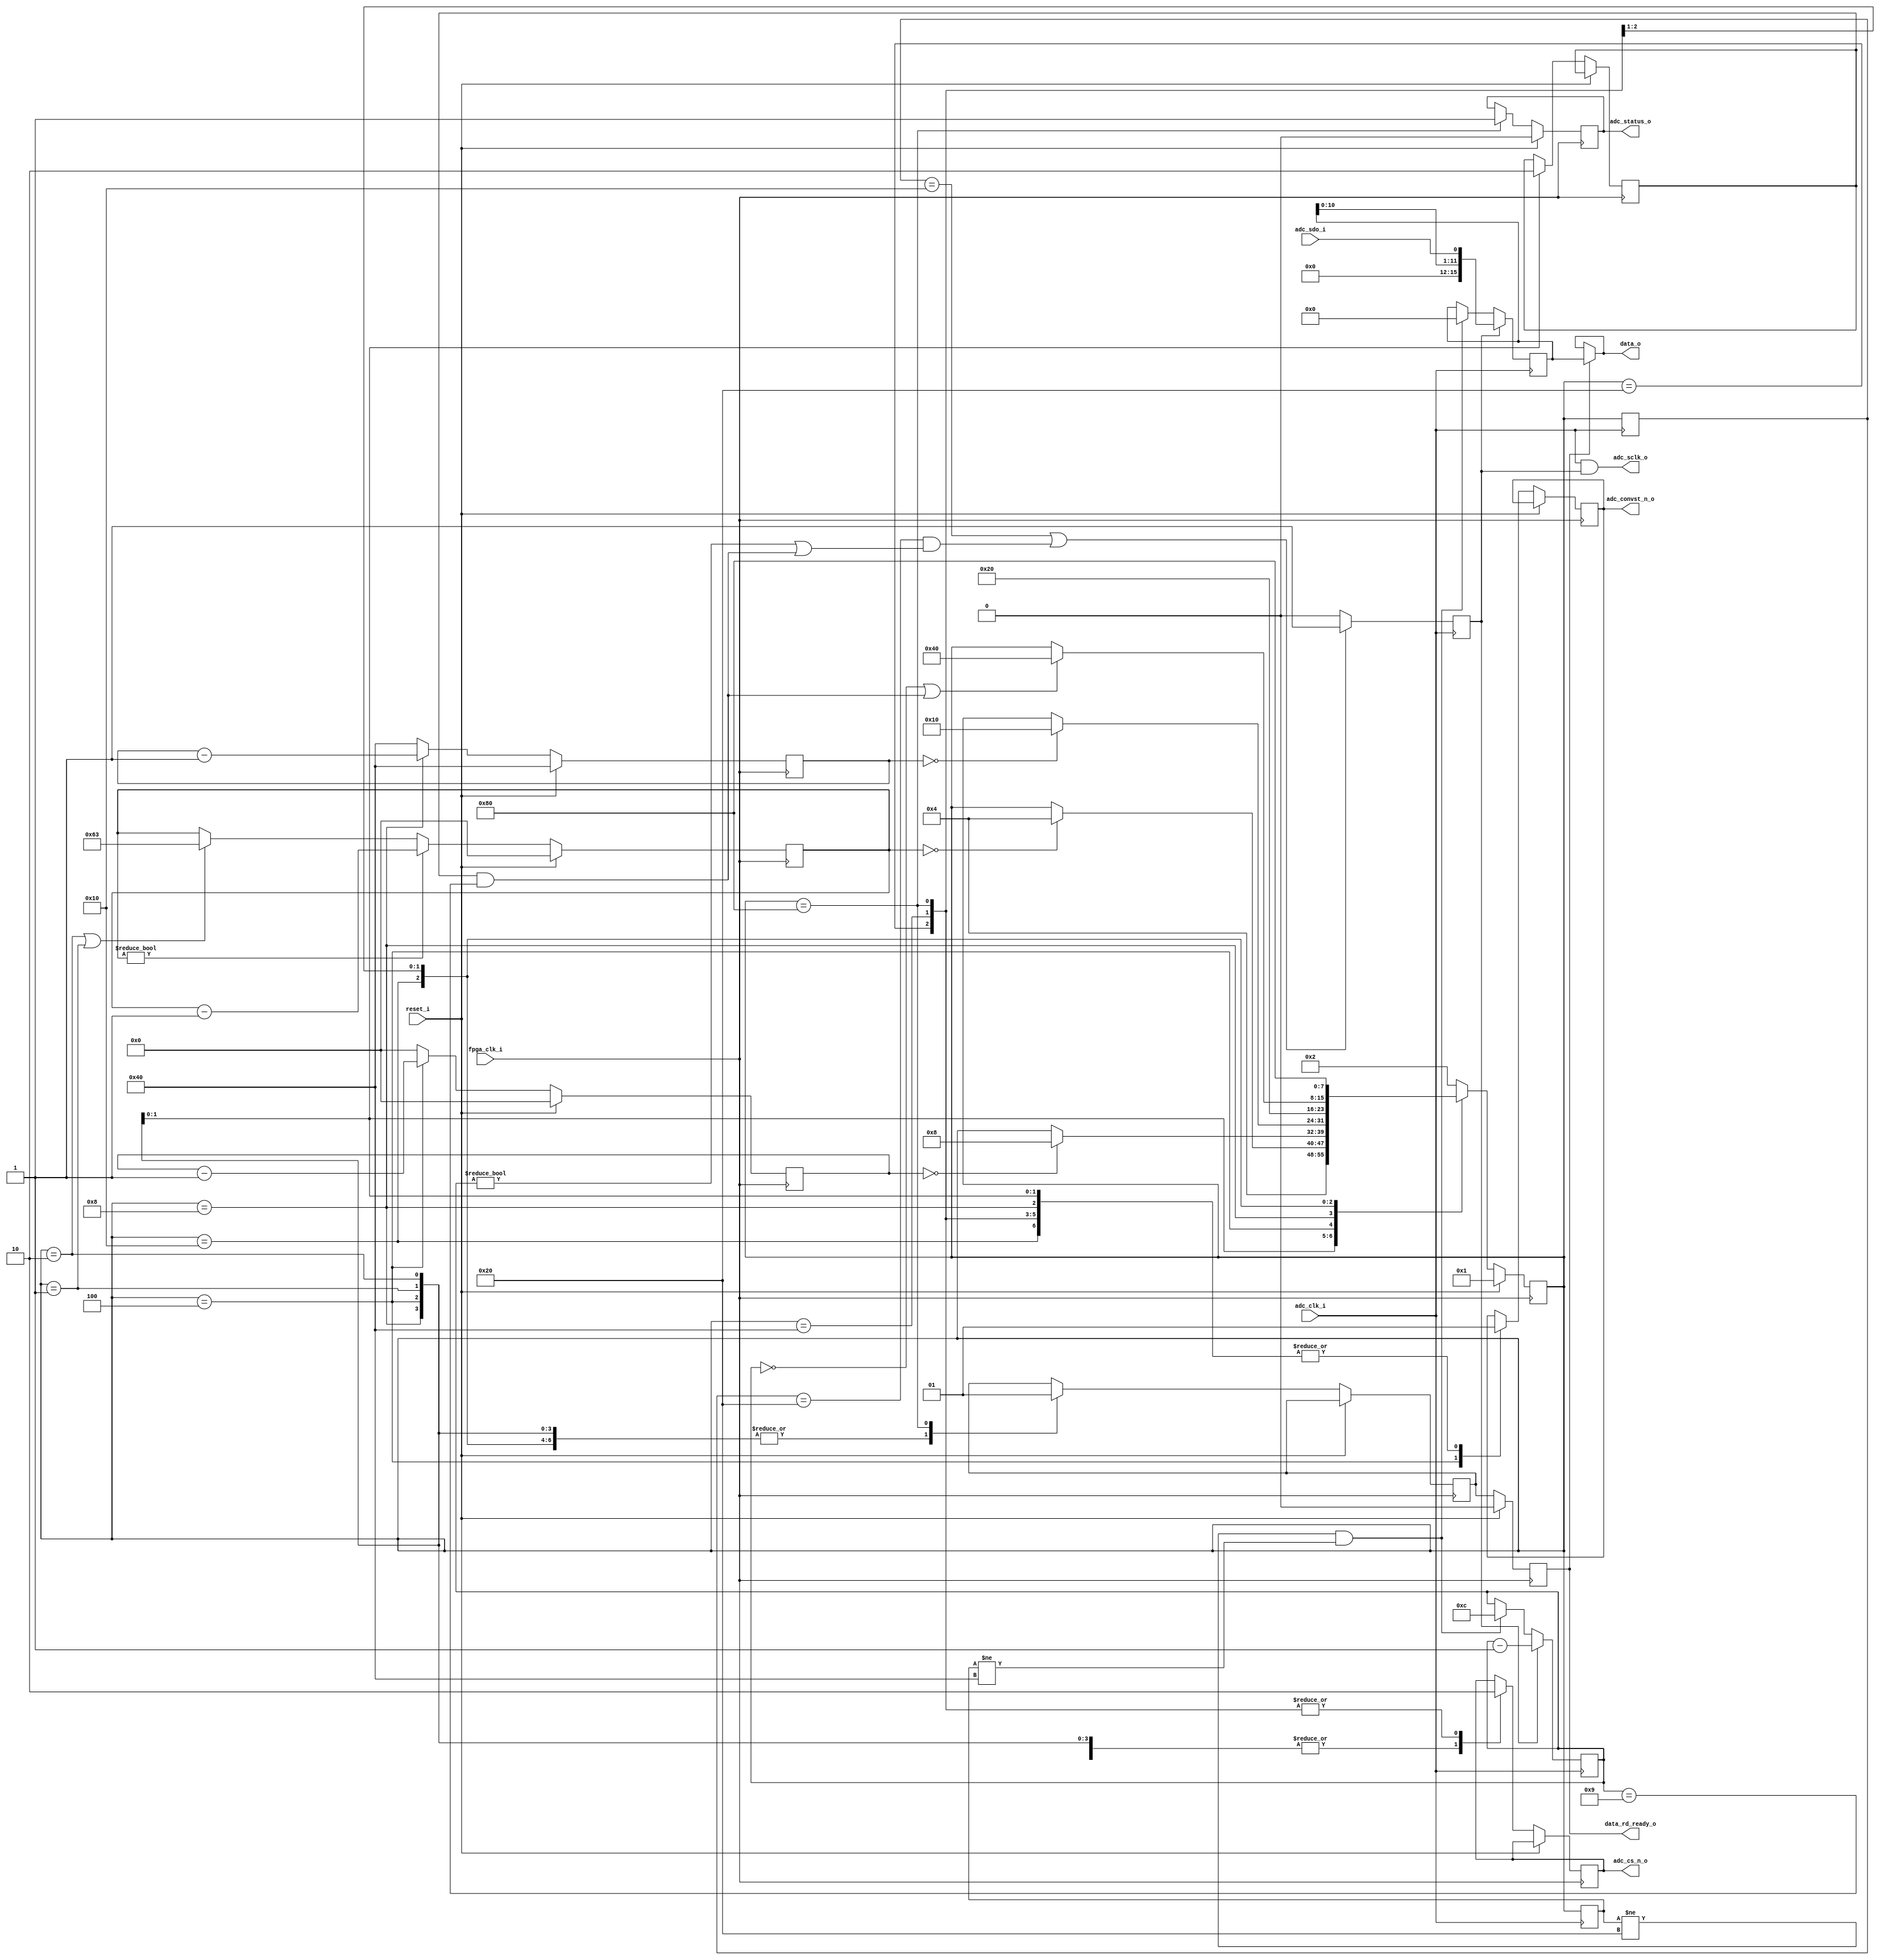
// -----------------------------------------------------------------------------
//
// Copyright 2011(c) Analog Devices, Inc.
//
// All rights reserved.
//
// Redistribution and use in source and binary forms, with or without modification,
// are permitted provided that the following conditions are met:
//  - Redistributions of source code must retain the above copyright
//    notice, this list of conditions and the following disclaimer.
//  - Redistributions in binary form must reproduce the above copyright
//    notice, this list of conditions and the following disclaimer in
//    the documentation and/or other materials provided with the
//    distribution.
//  - Neither the name of Analog Devices, Inc. nor the names of its
//    contributors may be used to endorse or promote products derived
//    from this software without specific prior written permission.
//  - The use of this software may or may not infringe the patent rights
//    of one or more patent holders.  This license does not release you
//    from the requirement that you obtain separate licenses from these
//    patent holders to use this software.
//  - Use of the software either in source or binary form, must be run
//    on or directly connected to an Analog Devices Inc. component.
//
// THIS SOFTWARE IS PROVIDED BY ANALOG DEVICES "AS IS" AND ANY EXPRESS OR IMPLIED
// WARRANTIES, INCLUDING, BUT NOT LIMITED TO, NON-INFRINGEMENT, MERCHANTABILITY
// AND FITNESS FOR A PARTICULAR PURPOSE ARE DISCLAIMED.
// IN NO EVENT SHALL ANALOG DEVICES BE LIABLE FOR ANY DIRECT, INDIRECT, INCIDENTAL,
// SPECIAL, EXEMPLARY, OR CONSEQUENTIAL DAMAGES (INCLUDING, BUT NOT LIMITED TO,
// INTELLECTUAL PROPERTY RIGHTS, PROCUREMENT OF SUBSTITUTE GOODS OR SERVICES;
// LOSS OF USE, DATA, OR PROFITS; OR BUSINESS INTERRUPTION) HOWEVER CAUSED AND
// ON ANY THEORY OF LIABILITY, WHETHER IN CONTRACT, STRICT LIABILITY, OR TORT
// (INCLUDING NEGLIGENCE OR OTHERWISE) ARISING IN ANY WAY OUT OF THE USE OF THIS
// SOFTWARE, EVEN IF ADVISED OF THE POSSIBILITY OF SUCH DAMAGE.
//
// -----------------------------------------------------------------------------
// MODULE NAME : AD7091R
// AUTHORS EMAIL : istvan.csomortani@analog.com
// -----------------------------------------------------------------------------
// KEYWORDS : AD7091R
// -----------------------------------------------------------------------------
// PURPOSE : Driver for the AD7091R  12-Bit, 1 MSPS Ultralow Power ADC in MSOP
// and 10 Lead LFCSP
// -----------------------------------------------------------------------------
// REUSE ISSUES
// Reset Strategy      : Active low reset signal
// Clock Domains       : 2 clocks - the system clock that drives the internal logic
//                     : and a clock for ADC conversions
// Critical Timing     : N/A
// Test Features       : N/A
// Asynchronous I/F    : N/A
// Instantiations      : N/A
// Synthesizable (y/n) : Y
// Target Device       : AD7091R
// Other               : The driver is intended to be used for AD7091R ADCs configured
//                     : WITHOUT BUSY INDICATOR
// -----------------------------------------------------------------------------
// -----------------------------------------------------------------------------

`timescale 1ns/1ns //Use a timescale that is best for simulation.

//------------------------------------------------------------------------------
//----------- Module Declaration -----------------------------------------------
//------------------------------------------------------------------------------

module axi_ad7091_dev_if

//----------- Ports Declarations -----------------------------------------------
(
    //clock and reset signals
    fpga_clk_i,      //system clock
    adc_clk_i,       //clock to be applied to ADC to read the conversions results
    reset_i,       //active low reset signal

    //IP control and data interface
    data_o,          //data read from the ADC
    data_rd_ready_o, //when set to high the data read from the ADC is available on the data_o bus
    adc_status_o,   // signals that the first data acquisition has been performed

    //AD7938 control and data interface
    adc_sdo_i,
    adc_sclk_o,
    adc_cs_n_o,
    adc_convst_n_o
);

input               fpga_clk_i;      //system clock
input               adc_clk_i;       //clock to be applied to ADC to read the conversions results
input               reset_i;         //active low reset signal

//IP control and data interface
output     [15:0]   data_o;  //data read from the ADC
output  reg         data_rd_ready_o = 1'b0; //when set to high the data read from the ADC is available on the data_o bus
output  reg         adc_status_o = 1'b0;   // signals that the first data acquisition has been performed

//AD7938 control and data interface
input               adc_sdo_i;
output              adc_sclk_o;
output              adc_cs_n_o;
output              adc_convst_n_o;

//------------------------------------------------------------------------------
//----------- Registers Declarations -------------------------------------------
//------------------------------------------------------------------------------
reg [ 7:0]  adc_state;          //current state for the ADC control state machine
reg [ 7:0]  adc_next_state;     //next state for the ADC control state machine
reg [ 7:0]  adc_state_nc_m1;    //current state for the ADC state machine in the ADC clock domain sampled on the falling edge
reg [ 7:0]  adc_state_pc_m1;    //current state for the ADC state machine in the ADC clock domain sampled on the rising edge

reg [ 6:0]  adc_tcycle_cnt    = 7'b0;
reg [ 6:0]  adc_tconvst_cnt   = 7'b0;
reg [ 6:0]  adc_tconvert_cnt  = 7'b0;
reg [ 4:0]  sclk_clk_cnt      = 5'b0;
reg [ 4:0]  adc_dataready_cnt = 5'b0;

reg         adc_cnv_s       =  1'b0;
reg         adc_clk_en      =  1'b0;
reg         adc_cs_n_s      =  1'b0;
reg [15:0]  adc_data_s      = 12'b0;
reg         adc_sw_reset    =  1'b0;
reg         data_rd_ready_s =  1'b0;

//------------------------------------------------------------------------------
//----------- Local Parameters -------------------------------------------------
//------------------------------------------------------------------------------
//ADC states
parameter ADC_SW_RESET_STATE        = 8'b00000001;
parameter ADC_IDLE_STATE            = 8'b00000010;
parameter ADC_START_CNV_STATE       = 8'b00000100;
parameter ADC_WAIT_CNV_DONE_STATE   = 8'b00001000;
parameter ADC_WAIT_DATA_VALID_STATE = 8'b00010000;
parameter ADC_READ_CNV_RESULT       = 8'b00100000;
parameter ADC_END_CNV_STATE         = 8'b01000000;
parameter ADC_DATAREADY_STATE       = 8'b10000000;

//ADC timing
parameter real FPGA_CLOCK_FREQ  = 100;    //FPGA clock frequency [MHz]
parameter real ADC_CYCLE_TIME   = 1.000;  //minimum time between two ADC conversions [us]
parameter real ADC_CONVST_TIME  = 0.010;  //minimum time to keep /CONVST low [us]
parameter real ADC_CONVERT_TIME = 0.650;  //conversion time [us]
parameter [6:0] ADC_CYCLE_CNT   = FPGA_CLOCK_FREQ * ADC_CYCLE_TIME - 1;
parameter [6:0] ADC_CONVST_CNT  = FPGA_CLOCK_FREQ * ADC_CONVST_TIME - 1;
parameter [6:0] ADC_CONVERT_CNT = FPGA_CLOCK_FREQ * ADC_CONVERT_TIME - 1;

//ADC serial clock periods
parameter ADC_SCLK_PERIODS       = 5'd12;
parameter ADC_RESET_SCLK_PERIODS = 4'd3;
parameter ADC_DATAREADY_WIDTH    = 5'd1;

//------------------------------------------------------------------------------
//----------- Assign/Always Blocks ---------------------------------------------
//------------------------------------------------------------------------------
assign adc_sclk_o     = adc_clk_i & adc_clk_en;
assign adc_cs_n_o     = adc_cs_n_s;
assign adc_convst_n_o = adc_cnv_s;
assign data_o         = (data_rd_ready_o == 1'b1) ? adc_data_s : data_o;

always @(negedge fpga_clk_i)
begin
    if(reset_i == 1'b1)
    begin
        data_rd_ready_o <= 1'b0;
    end
    else
    begin
        data_rd_ready_o <= data_rd_ready_s;
    end
end

//update the ADC timing counters
always @(posedge fpga_clk_i)
begin
    if(reset_i == 1'b1)
    begin
        adc_tcycle_cnt   <= 0;
        adc_tconvst_cnt  <= ADC_CONVST_CNT;
        adc_tconvert_cnt <= ADC_CONVERT_CNT;
    end
    else
    begin
        if(adc_tcycle_cnt != 1'b0)
        begin
            adc_tcycle_cnt <= adc_tcycle_cnt - 7'h1;
        end
        else if(adc_state == ADC_IDLE_STATE || adc_state == ADC_SW_RESET_STATE)
        begin
            adc_tcycle_cnt <= ADC_CYCLE_CNT;
        end

        if(adc_state == ADC_START_CNV_STATE)
        begin
            adc_tconvst_cnt <= adc_tconvst_cnt - 7'h1;
        end
        else
        begin
           adc_tconvst_cnt <= ADC_CONVST_CNT;
        end
        if(adc_state == ADC_WAIT_CNV_DONE_STATE)
        begin
            adc_tconvert_cnt <= adc_tconvert_cnt - 7'h1;
        end
        else
        begin
           adc_tconvert_cnt <= ADC_CONVERT_CNT;
        end
        if(adc_state == ADC_END_CNV_STATE)
        begin
            adc_dataready_cnt <= adc_dataready_cnt - 5'h1;
        end
        else
        begin
            adc_dataready_cnt <= ADC_DATAREADY_WIDTH;
        end
    end
end

//determine when the ADC clock is valid to be sent to the ADC
always @(negedge adc_clk_i)
begin
    adc_state_nc_m1 <= adc_state;
    adc_clk_en      <= ((adc_state_nc_m1 == ADC_WAIT_DATA_VALID_STATE) || (adc_state_nc_m1 == ADC_READ_CNV_RESULT) && ( (sclk_clk_cnt != 0) || ((adc_sw_reset == 1'b1) && (sclk_clk_cnt == ADC_SCLK_PERIODS - ADC_RESET_SCLK_PERIODS)))) ? 1'b1 : 1'b0;
end

//read data from the ADC
always @(negedge adc_clk_i)
begin
    adc_state_pc_m1 <= adc_state;
    if(adc_clk_en == 1'b1)
    begin
        adc_data_s   <= {4'b0, adc_data_s[10:0], adc_sdo_i};
        sclk_clk_cnt <= sclk_clk_cnt - 5'h1;
    end
    else if(adc_state_pc_m1 != ADC_READ_CNV_RESULT && adc_state_pc_m1 != ADC_END_CNV_STATE)
    begin
        adc_data_s      <= 16'h0;
        sclk_clk_cnt    <= ADC_SCLK_PERIODS;
    end
end

//update the ADC current state and the control signals
always @(posedge fpga_clk_i)
begin
    if(reset_i == 1'b1)
    begin
        adc_state <= ADC_SW_RESET_STATE;
        adc_status_o <= 0;
    end
    else
    begin
        adc_state <= adc_next_state;
        case (adc_state)
            ADC_SW_RESET_STATE:
            begin
                adc_cnv_s       <= 1'b1;
                adc_cs_n_s      <= 1'b1;
                data_rd_ready_s <= 1'b0;
                adc_sw_reset    <= 1'b1;
            end
            ADC_IDLE_STATE:
            begin
                adc_cnv_s       <= 1'b1;
                adc_cs_n_s      <= 1'b1;
                data_rd_ready_s <= 1'b0;
                adc_sw_reset    <= 1'b0;
            end
            ADC_START_CNV_STATE:
            begin
                adc_cnv_s       <= 1'b0;
                adc_cs_n_s      <= 1'b1;
                data_rd_ready_s <= 1'b0;
            end
            ADC_WAIT_CNV_DONE_STATE:
            begin
                adc_cnv_s       <= 1'b1;
                adc_cs_n_s      <= 1'b1;
                data_rd_ready_s <= 1'b0;
            end
            ADC_WAIT_DATA_VALID_STATE:
            begin
                adc_cnv_s       <= 1'b1;
                adc_cs_n_s      <= 1'b1;
                data_rd_ready_s <= 1'b0;
            end
            ADC_READ_CNV_RESULT:
            begin
                adc_cnv_s       <= 1'b1;
                adc_cs_n_s      <= 1'b0;
                data_rd_ready_s <= 1'b0;
            end
            ADC_END_CNV_STATE:
            begin
                adc_cnv_s       <= 1'b1;
                adc_cs_n_s      <= 1'b0;
                data_rd_ready_s <= 1'b0;
            end
            ADC_DATAREADY_STATE:
            begin
                adc_cnv_s       <= 1'b1;
                adc_cs_n_s      <= 1'b0;
                data_rd_ready_s <= 1'b1;
                adc_status_o    <= 1'b1;
            end
        endcase
    end
end

//update the ADC next state
always @(adc_state, adc_tcycle_cnt, adc_tconvst_cnt, adc_tconvert_cnt, sclk_clk_cnt, adc_sw_reset)
begin
    adc_next_state <= adc_state;
    case (adc_state)
        ADC_SW_RESET_STATE:
        begin
            adc_next_state <= ADC_START_CNV_STATE;
        end
        ADC_IDLE_STATE:
        begin
            if(adc_tcycle_cnt == 0)
            begin
                adc_next_state <= ADC_START_CNV_STATE;
            end
        end
        ADC_START_CNV_STATE:
        begin
            if(adc_tconvst_cnt == 0)
            begin
                adc_next_state <= ADC_WAIT_CNV_DONE_STATE;
            end
        end
        ADC_WAIT_CNV_DONE_STATE:
        begin
            if(adc_tconvert_cnt == 0)
            begin
                adc_next_state <= ADC_WAIT_DATA_VALID_STATE;
            end
        end
        ADC_WAIT_DATA_VALID_STATE:
        begin
           adc_next_state <= ADC_READ_CNV_RESULT;
        end
        ADC_READ_CNV_RESULT:
        begin
            if((sclk_clk_cnt == 0) || ((adc_sw_reset == 1'b1) && (sclk_clk_cnt == ADC_SCLK_PERIODS - ADC_RESET_SCLK_PERIODS)))
            begin
                adc_next_state <= ADC_END_CNV_STATE;
            end
        end
        ADC_END_CNV_STATE:
        begin
            adc_next_state <= ADC_DATAREADY_STATE;
        end
        ADC_DATAREADY_STATE:
        begin
            adc_next_state <= ADC_IDLE_STATE;
        end
        default:
        begin
            adc_next_state <= ADC_IDLE_STATE;
        end
    endcase
end

endmodule